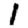
Digit: 1